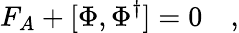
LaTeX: F_{A}+[\Phi,\Phi^{\dagger}]=0\quad,